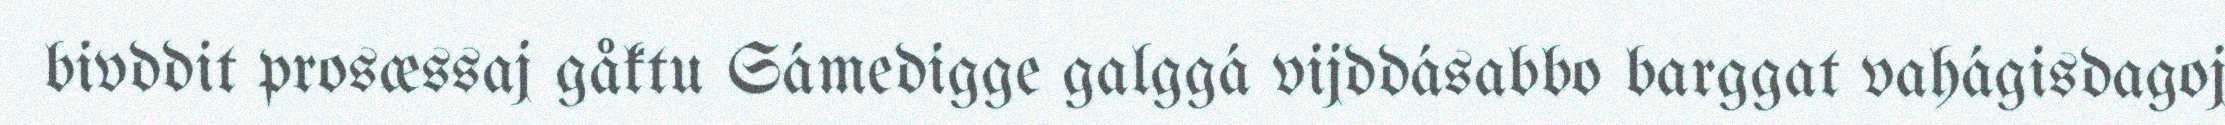
bivddit prosæssaj gåktu Sámedigge galggá vijddásabbo barggat vahágisdagoj